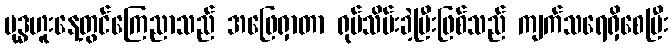
ဗုဒ္ဓဟူးနေ့တွင်ကြေညာသည် အဖြေရှာတာ ရုပ်သိမ်းခဲ့ပြီးဖြစ်သည် ကျက်သရေရှိစေပြီး